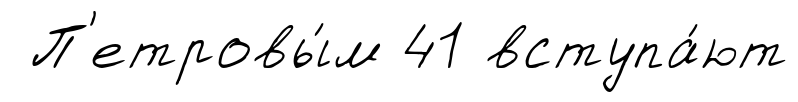
П'етровы́м 41 вступа́ют